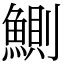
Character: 鰂